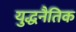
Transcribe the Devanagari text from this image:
युद्धनैतिक